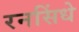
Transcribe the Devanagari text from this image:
रनसिंधे